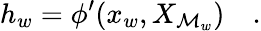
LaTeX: h_{w}=\phi^{\prime}(x_{w},X_{\mathcal{M}_{w}})\quad.